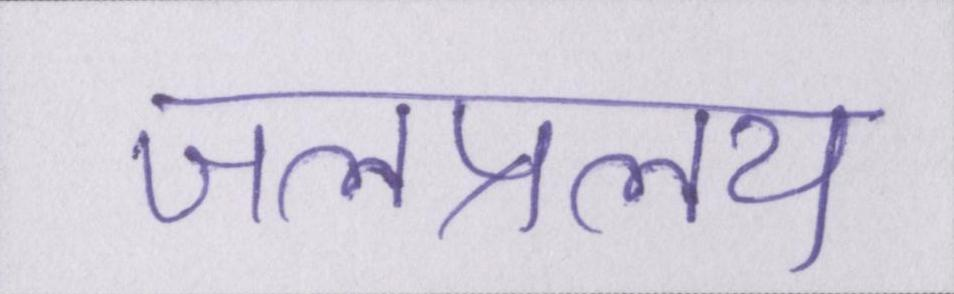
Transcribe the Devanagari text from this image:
जलप्रलय